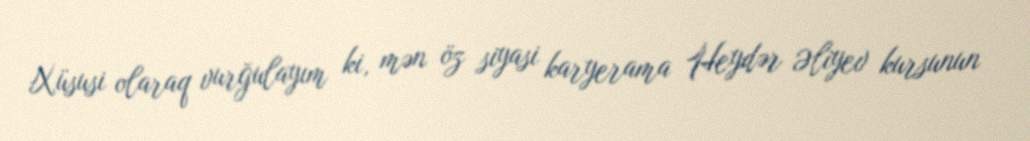
Xüsusi olaraq vurğulayım ki, mən öz siyasi karyerama Heydər Əliyev kursunun